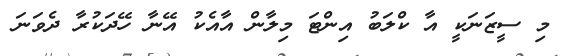
މި ސީޒަނަކީ އާ ކްލަބު އިންޓަ މިލާން އާއެކު އޭނާ ހޭދަކުރާ ދެވަނަ